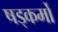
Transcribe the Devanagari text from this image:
षड्कर्मों